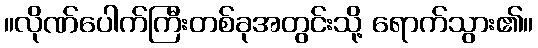
။လိုဏ်ပေါက်ကြီးတစ်ခုအတွင်းသို့ ရောက်သွား၏။